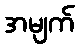
အမျက်